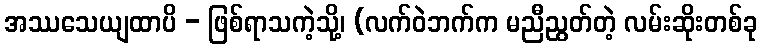
အဿသေယျထာပိ - ဖြစ်ရာသကဲ့သို့၊ (လက်ဝဲဘက်က မညီညွတ်တဲ့ လမ်းဆိုးတစ်ခု